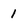
Character: 1